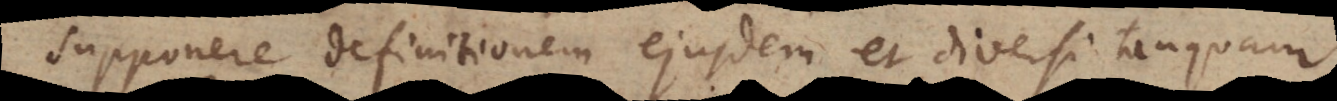
supponere definitionem ejusdem et diversi tanqua